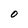
Character: O